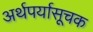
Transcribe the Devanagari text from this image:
अर्थपर्यासूचक